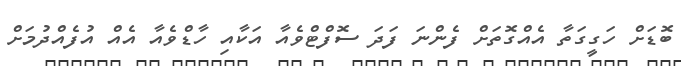
ބޮޑަށް ހަގީގަތާ އެއްގޮތަށް ފެންނަ ފަދަ ސޮފްޓްވެއާ އަކާއި ހާޑްވެއާ އެއް އުފެއްދުމަށް